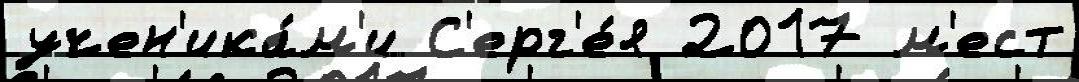
учен'ика́м'и С'ерг'е́я 2017 м'ест